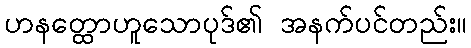
ဟနတ္ထောဟူသောပုဒ်၏ အနက်ပင်တည်း။